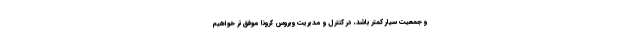
و جمعیت سیار کمتر باشد، در کنترل و مدیریت ویروس کرونا موفق‌تر خواهیم